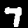
Label: 7